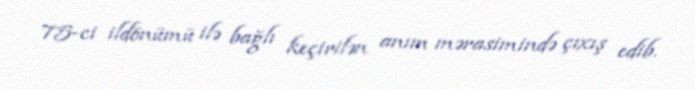
75-ci ildönümü ilə bağlı keçirilən anım mərasimində çıxış edib.